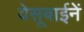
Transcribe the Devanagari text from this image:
येसूबाईनें